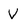
Character: V